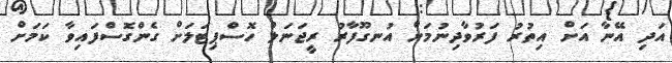
އަދި އޭނާ އަށް އިތުރު ފަރުވާދިނުމަށް އުނގޫފާރު ރީޖަނަލް ހޮސްޕިޓަލަށް ގެންގޮސްފައިވާ ކަމަށް